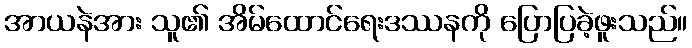
အာယနဲအား သူ၏ အိမ်ထောင်ရေးဒဿနကို ပြောပြခဲ့ဖူးသည်။